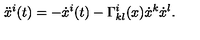
\ddot { x } ^ { i } ( t ) = - \dot { x } ^ { i } ( t ) - \Gamma _ { k l } ^ { i } ( x ) \dot { x } ^ { k } \dot { x } ^ { l } .